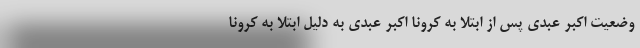
وضعیت اکبر عبدی پس از ابتلا به کرونا اکبر عبدی به دلیل ابتلا به کرونا